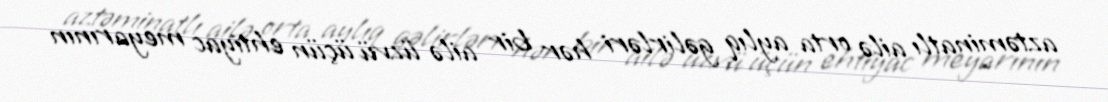
aztəminatlı ailə orta aylıq gəlirləri hər bir ailə üzvü üçün ehtiyac meyarının